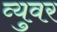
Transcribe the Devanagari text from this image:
व्युवर